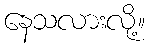
နေသလားလို့။